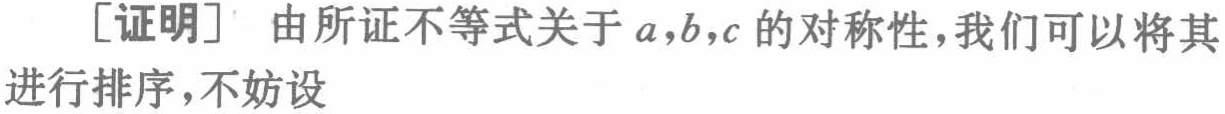
[证明] 由所证不等式关于 \(a,b,c\) 的对称性，我们可以将其进行排序，不妨设